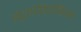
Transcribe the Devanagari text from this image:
इंट्रापेरिटोनियम